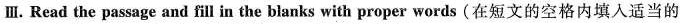
Ⅲ.Read the passage and fill in the blanks with proper words (在短文的空格内填入适当的